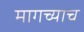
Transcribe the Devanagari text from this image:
मागच्याच